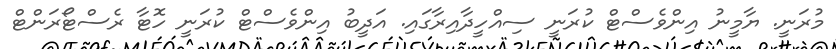
މުރަނީ. ޔާމީނު އިންވެސްޓް ކުރަނީ ސިއްހީދާއިރާގައި. އަދީބު އިންވެސްޓް ކުރަނީ ހޮޓާ ރެސްޓޯރަންޓް